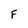
Character: F